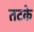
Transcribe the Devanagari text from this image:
तटके